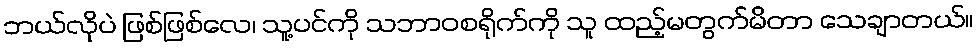
ဘယ်လိုပဲ ဖြစ်ဖြစ်လေ၊ သူ့ပင်ကို သဘာဝစရိုက်ကို သူ ထည့်မတွက်မိတာ သေချာတယ်။